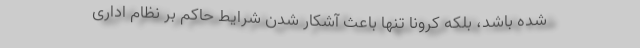
شده باشد، بلکه کرونا تنها باعث آشکار شدن شرایط حاکم بر نظام اداری